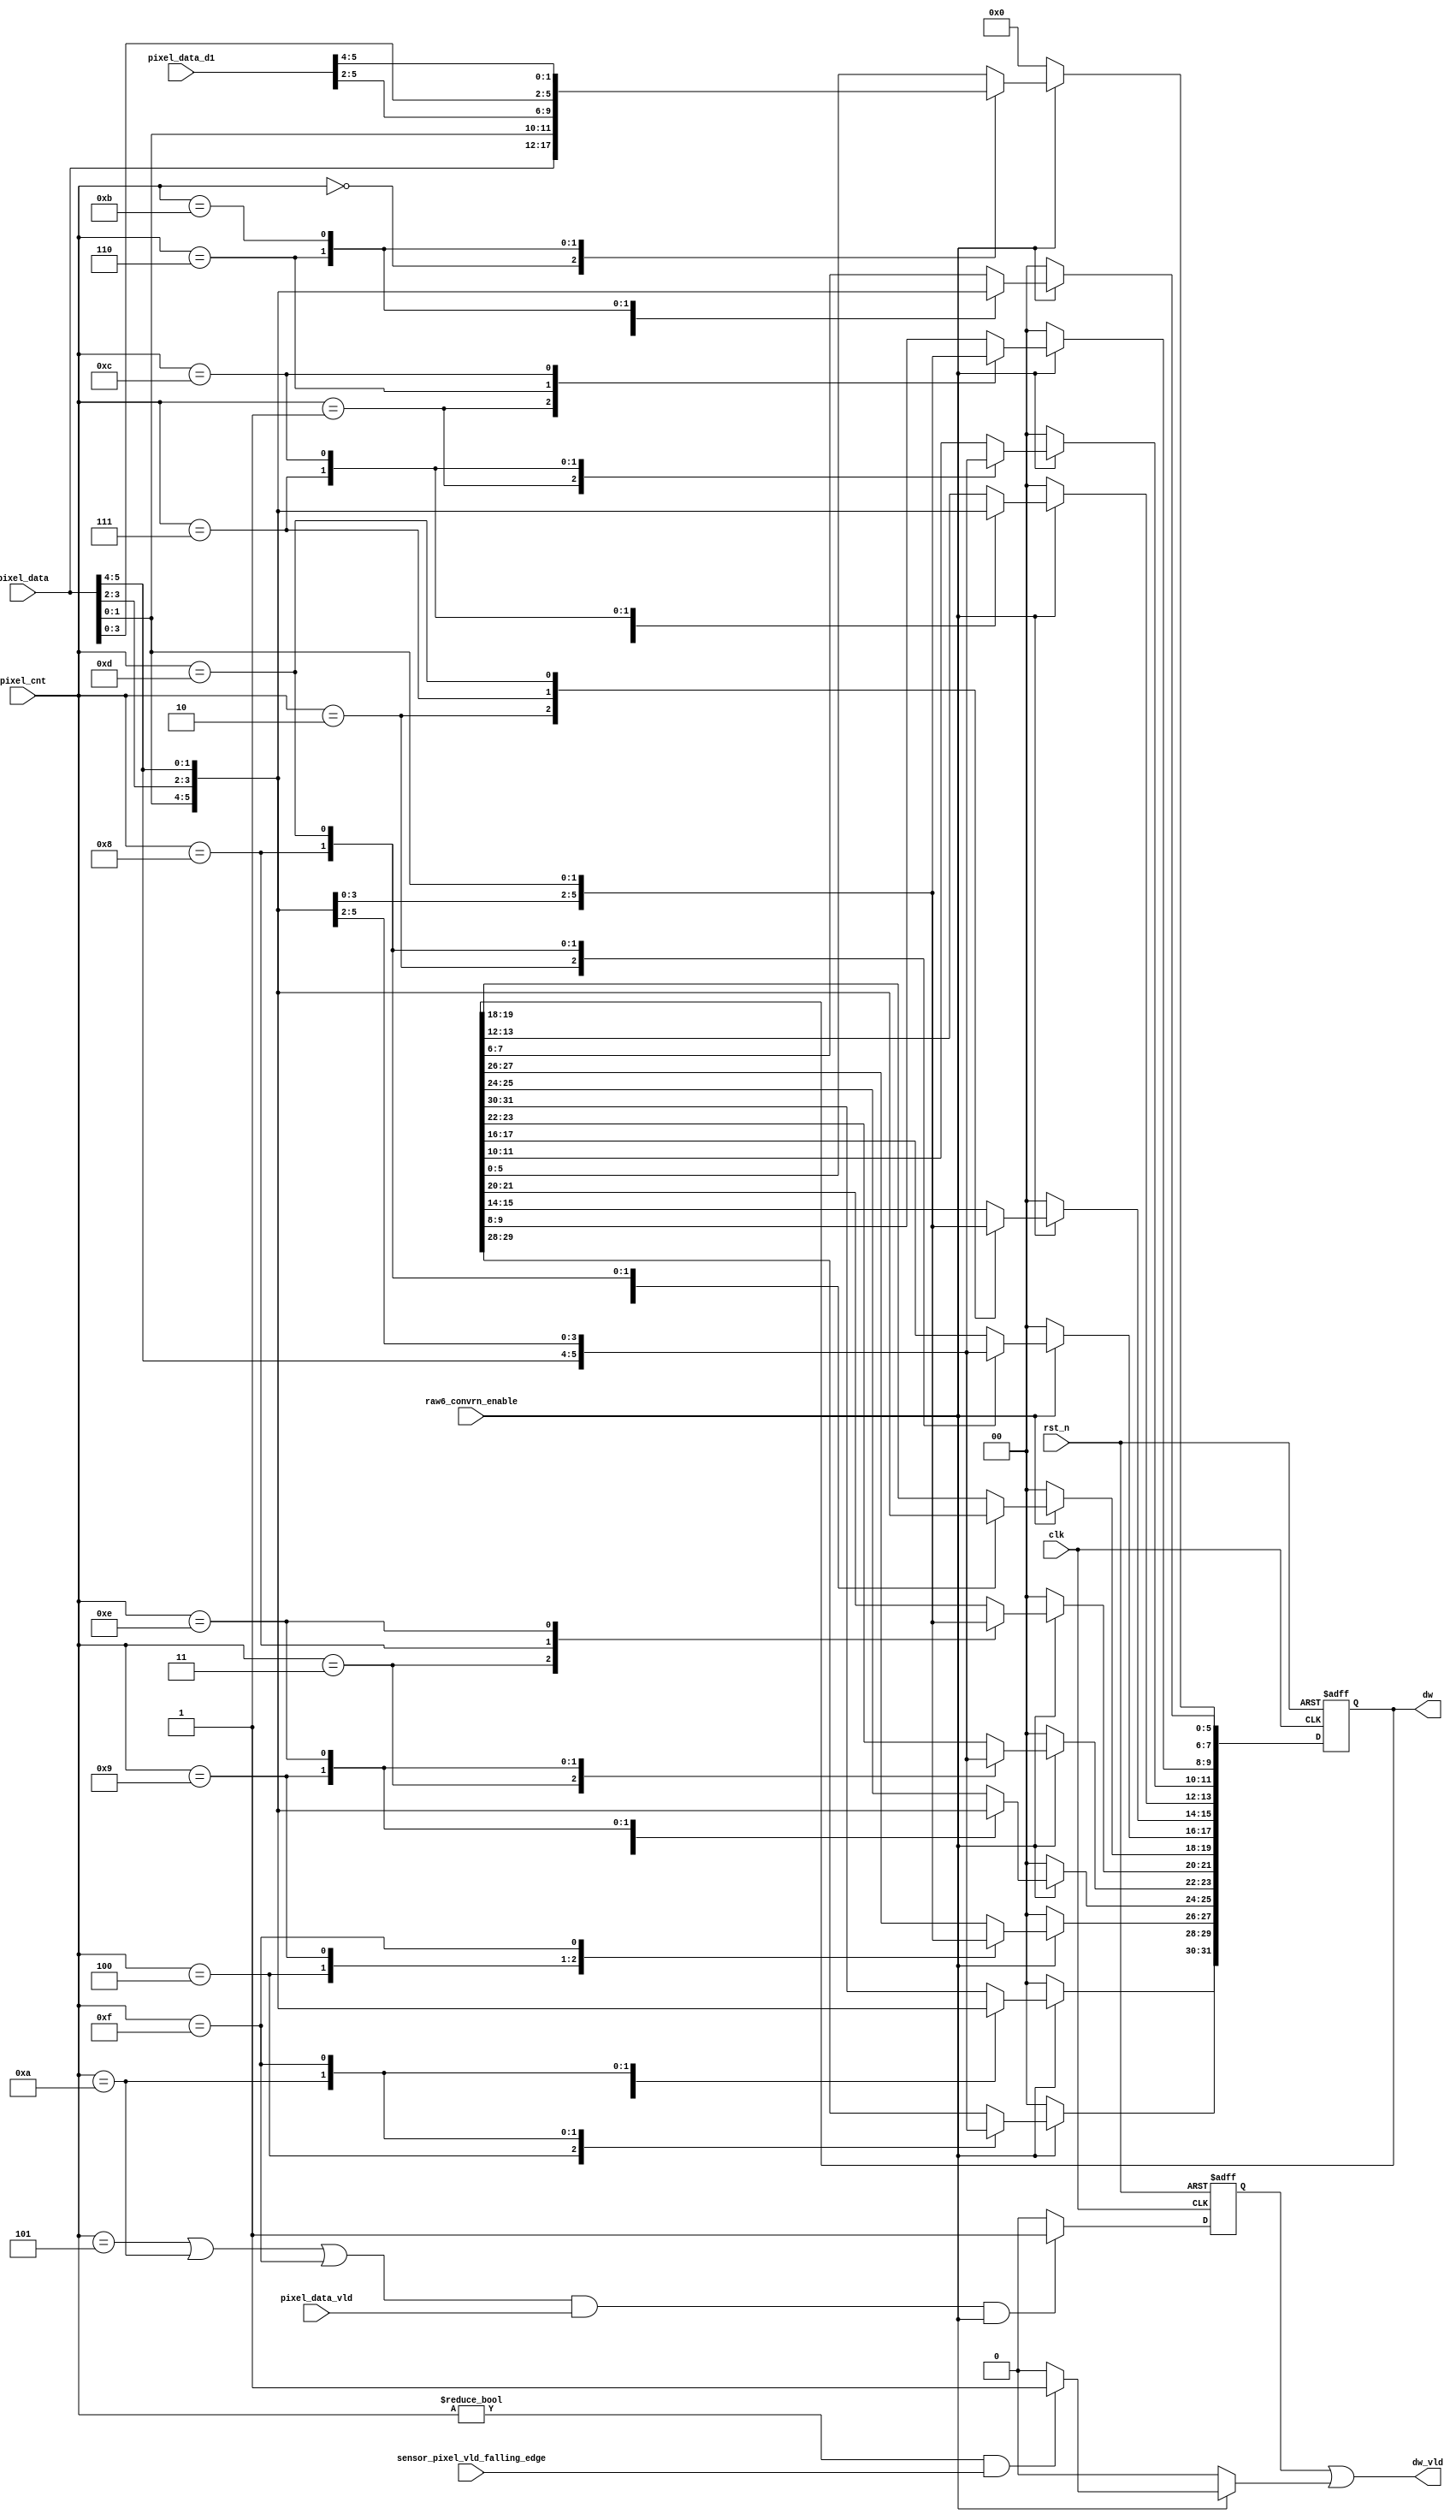
module csi2tx_raw6_p2b 
(
 input  wire        clk,
 input  wire        rst_n,
 input  wire [3:0]  pixel_cnt,
 input  wire [5:0]  pixel_data,
 input  wire [5:0]  pixel_data_d1,
 input  wire        pixel_data_vld,
 input  wire        sensor_pixel_vld_falling_edge,
 input  wire        raw6_convrn_enable,
 output wire [31:0] dw,
 output wire        dw_vld
 );
 
 /*---------------------------------------------------------------------------*/
 // Internal Signal declaration
 /*---------------------------------------------------------------------------*/
 reg  [31:0] dw_reg;
 reg         dw_vld_s;
 wire        min_rxed_pkt_vld;
 
 
 /*---------------------------------------------------------------------------*/
 // Output valid generation, when the received packet is of 24bits i.e. 3 bytes
 
 assign min_rxed_pkt_vld = ( raw6_convrn_enable  ? 
                           (( (pixel_cnt != 0) && (sensor_pixel_vld_falling_edge) ) ? 1'b1 : 1'b0 ) 
                           : 1'b0 );
 
 
 /*---------------------------------------------------------------------------*/
 // Logic to convert the pixel to dw
 // This is been registerd as this interface is expected to work at around 400Mhz
 
 always@(posedge clk or negedge rst_n)
 begin
  if ( rst_n == 1'b0)
   dw_reg <= 32'b0;
  else if ( raw6_convrn_enable )
   case(pixel_cnt)
    4'b0000 : dw_reg[5:0]   <= pixel_data; //p0
    4'b0001 : dw_reg[11:6]  <= pixel_data; //p1
    4'b0010 : dw_reg[17:12] <= pixel_data; //p2
    4'b0011 : dw_reg[23:18] <= pixel_data; //p3
    4'b0100 : dw_reg[29:24] <= pixel_data; //p4
    4'b0101 : dw_reg[31:30] <= pixel_data[1:0]; //p5
    4'b0110 : dw_reg[9:0]   <= {pixel_data, pixel_data_d1[5:2]}; //p6, p5
    4'b0111 : dw_reg[15:10] <= pixel_data; //p7
    4'b1000 : dw_reg[21:16] <= pixel_data; //p8
    4'b1001 : dw_reg[27:22] <= pixel_data; //p9
    4'b1010 : dw_reg[31:28] <= pixel_data[3:0]; //p10
    4'b1011 : dw_reg[7:0]   <= {pixel_data, pixel_data_d1[5:4]}; // p11, p10
    4'b1100 : dw_reg[13:8]  <= pixel_data; //p12
    4'b1101 : dw_reg[19:14] <= pixel_data; //p13
    4'b1110 : dw_reg[25:20] <= pixel_data; //p14
    4'b1111 : dw_reg[31:26] <= pixel_data; //p15
    default : dw_reg <= 32'b0;
   endcase
  else
    dw_reg <= 32'b0;
 end
 

 assign dw = dw_reg;
 
 // As the data valid is registered version, check the count one clock before
 always@(posedge clk or negedge rst_n)
 begin
  if (rst_n == 1'b0)
   dw_vld_s <= 1'b0;
  else if ( ((pixel_cnt == 4'b0101) || (pixel_cnt == 4'b1010) || (pixel_cnt == 4'b1111) ) &&
            pixel_data_vld && raw6_convrn_enable)
   dw_vld_s <= 1'b1;
  else
   dw_vld_s <= 1'b0;
 end
 
 assign dw_vld = ( dw_vld_s || min_rxed_pkt_vld );

endmodule